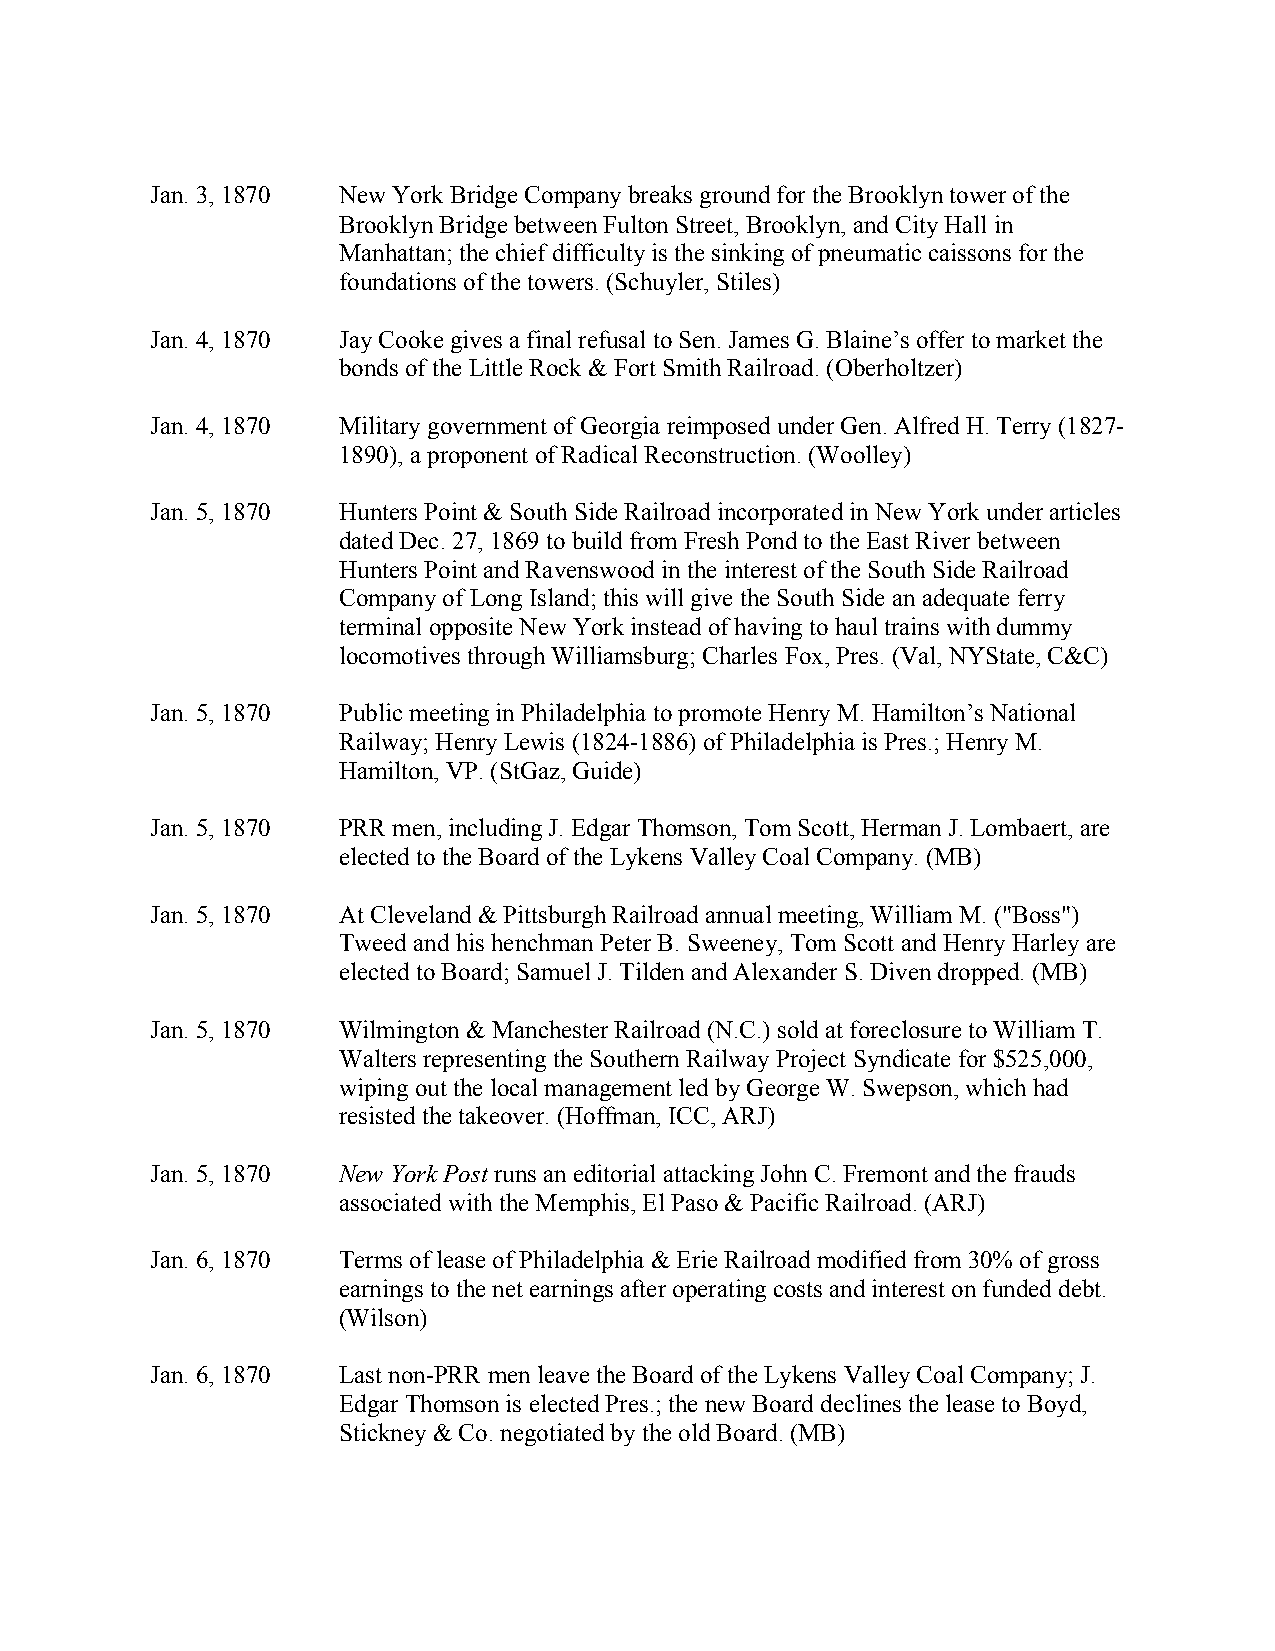
Jan. 3, 1870 New York Bridge Company breaks ground for the Brooklyn tower of the
 Brooklyn Bridge between Fulton Street, Brooklyn, and City Hall in
 Manhattan; the chief difficulty is the sinking of pneumatic caissons for the
 foundations of the towers. (Schuyler, Stiles)
 Jan. 4, 1870 Jay Cooke gives a final refusal to Sen. James G. Blaine’s offer to market the
 bonds of the Little Rock & Fort Smith Railroad. (Oberholtzer)
 Jan. 4, 1870 Military government of Georgia reimposed under Gen. Alfred H. Terry (1827-
 1890), a proponent of Radical Reconstruction. (Woolley)
 Jan. 5, 1870 Hunters Point & South Side Railroad incorporated in New York under articles
 dated Dec. 27, 1869 to build from Fresh Pond to the East River between
 Hunters Point and Ravenswood in the interest of the South Side Railroad
 Company of Long Island; this will give the South Side an adequate ferry
 terminal opposite New York instead of having to haul trains with dummy
 locomotives through Williamsburg; Charles Fox, Pres. (Val, NYState, C&C)
 Jan. 5, 1870 Public meeting in Philadelphia to promote Henry M. Hamilton’s National
 Railway; Henry Lewis (1824-1886) of Philadelphia is Pres.; Henry M.
 Hamilton, VP. (StGaz, Guide)
 Jan. 5, 1870 PRR men, including J. Edgar Thomson, Tom Scott, Herman J. Lombaert, are
 elected to the Board of the Lykens Valley Coal Company. (MB)
 Jan. 5, 1870 At Cleveland & Pittsburgh Railroad annual meeting, William M. ("Boss")
 Tweed and his henchman Peter B. Sweeney, Tom Scott and Henry Harley are
 elected to Board; Samuel J. Tilden and Alexander S. Diven dropped. (MB)
 Jan. 5, 1870 Wilmington & Manchester Railroad (N.C.) sold at foreclosure to William T.
 Walters representing the Southern Railway Project Syndicate for $525,000,
 wiping out the local management led by George W. Swepson, which had
 resisted the takeover. (Hoffman, ICC, ARJ)
 Jan. 5, 1870 New York Post runs an editorial attacking John C. Fremont and the frauds
 associated with the Memphis, El Paso & Pacific Railroad. (ARJ)
 Jan. 6, 1870 Terms of lease of Philadelphia & Erie Railroad modified from 30% of gross
 earnings to the net earnings after operating costs and interest on funded debt.
 (Wilson)
 Jan. 6, 1870 Last non-PRR men leave the Board of the Lykens Valley Coal Company; J.
 Edgar Thomson is elected Pres.; the new Board declines the lease to Boyd,
 Stickney & Co. negotiated by the old Board. (MB)